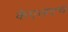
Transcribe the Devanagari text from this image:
केएलएच